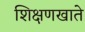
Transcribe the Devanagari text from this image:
शिक्षणखाते